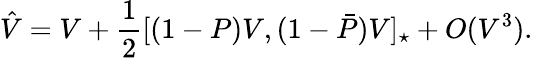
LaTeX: \hat{V}=V+\frac{1}{2}[(1-P)V,(1-\bar{P})V]_{\star}+O(V^{3}).